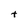
Character: t